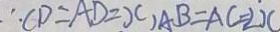
\therefore C D = A D = x , A B = A C = 2 x